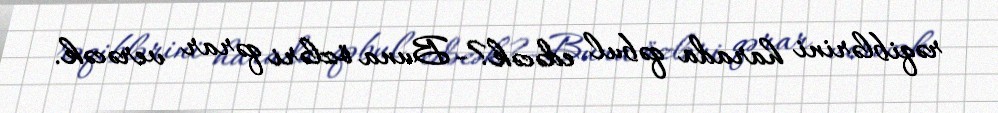
rəqiblərini harada qəbul edəcək?- Buna özləri qərar verəcək.